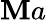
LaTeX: \mathbf{M}a